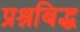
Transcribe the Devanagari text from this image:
प्रश्नबिद्ध